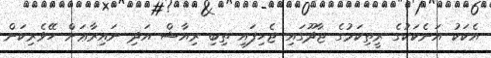
އެކަކު އަނެކަކުގެ ރީތިކަމުގެ ޖާދޫގައި ޖެހިފައި ތިބި ރިއާޝް އަދި ނައިރާޢަށް ހޭވެރިކަން